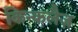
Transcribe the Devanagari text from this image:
किन्कलैज़